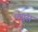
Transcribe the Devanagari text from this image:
फ्यूंस